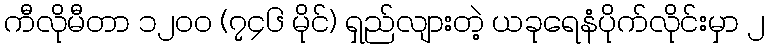
ကီလိုမီတာ ၁၂၀၀ (၇၄၆ မိုင်) ရှည်လျားတဲ့ ယခုရေနံပိုက်လိုင်းမှာ ၂